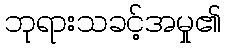
ဘုရားသခင့်အမှု၏